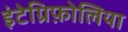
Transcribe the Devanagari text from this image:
इंटेग्रिफ़ोलिया